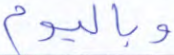
وباليوم